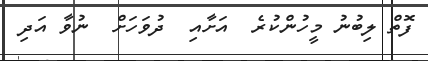
ފޮތް ލިބުނު މީހުންކުރެ  އަށާއި  ދުވަހަށް  ނުވާ އަދި